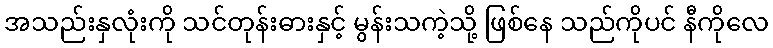
အသည်းနှလုံးကို သင်တုန်းဓားနှင့် မွန်းသကဲ့သို့ ဖြစ်နေ သည်ကိုပင် နီကိုလေ